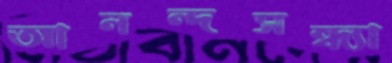
আনন্দসন্ধ্যা